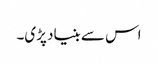
اس سے بنیاد پڑی۔